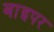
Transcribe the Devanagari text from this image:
बाइपर